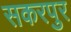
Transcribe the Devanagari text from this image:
सकरपुर